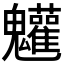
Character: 𩵄